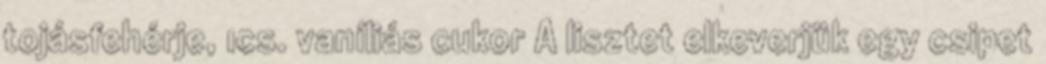
tojásfehérje, 1cs. vaníliás cukor A lisztet elkeverjük egy csipet